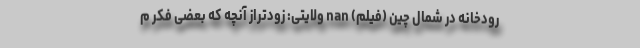
رودخانه در شمال چین (فیلم) nan ولایتی: زودتراز آنچه که بعضی فکر م